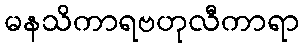
မနသိကာရဗဟုလီကာရာ